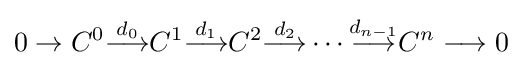
0\to C^{0}{\stackrel {d_{0}}{\longrightarrow }}C^{1}{\stackrel {d_{1}}{\longrightarrow }}C^{2}{\stackrel {d_{2}}{\longrightarrow }}\cdots {\stackrel {d_{n-1}}{\longrightarrow }}C^{n}\longrightarrow 0